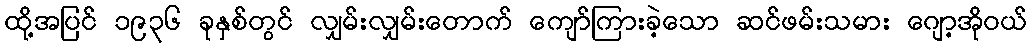
ထို့အပြင် ၁၉၃၆ ခုနှစ်တွင် လျှမ်းလျှမ်းတောက် ကျော်ကြားခဲ့သော ဆင်ဖမ်းသမား ဂျော့အိုဝယ်